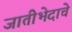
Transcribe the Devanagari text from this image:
जातीभेदाचे